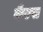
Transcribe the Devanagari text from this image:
कैल्पा